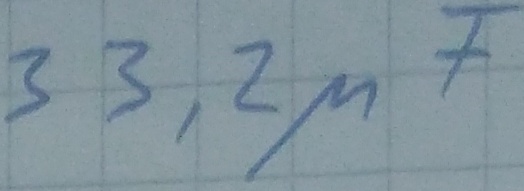
Text: 33,2µF